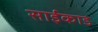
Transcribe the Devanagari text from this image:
साईकाड